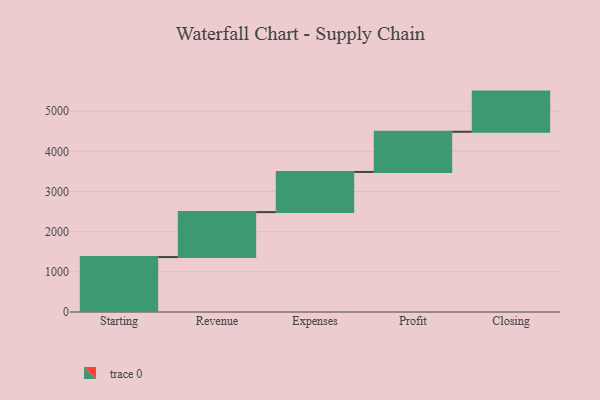
{"axis": {"x": "Step", "y": "Value"}, "legend": [""], "data": [{"x": "Starting", "y": 1367.0, "type": ""}, {"x": "Revenue", "y": 1119.0, "type": ""}, {"x": "Expenses", "y": 1000, "type": ""}, {"x": "Profit", "y": 1000, "type": ""}, {"x": "Closing", "y": 1000, "type": ""}]}